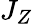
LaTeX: J_{Z}